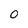
Character: 0